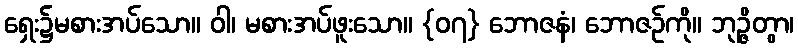
ရှေး၌မစားအပ်သော။ ဝါ၊ မစားအပ်ဖူးသော။ {၀၇} ဘောဇနံ၊ ဘောဇဉ်ကို။ ဘုဉ္ဇိတွာ၊